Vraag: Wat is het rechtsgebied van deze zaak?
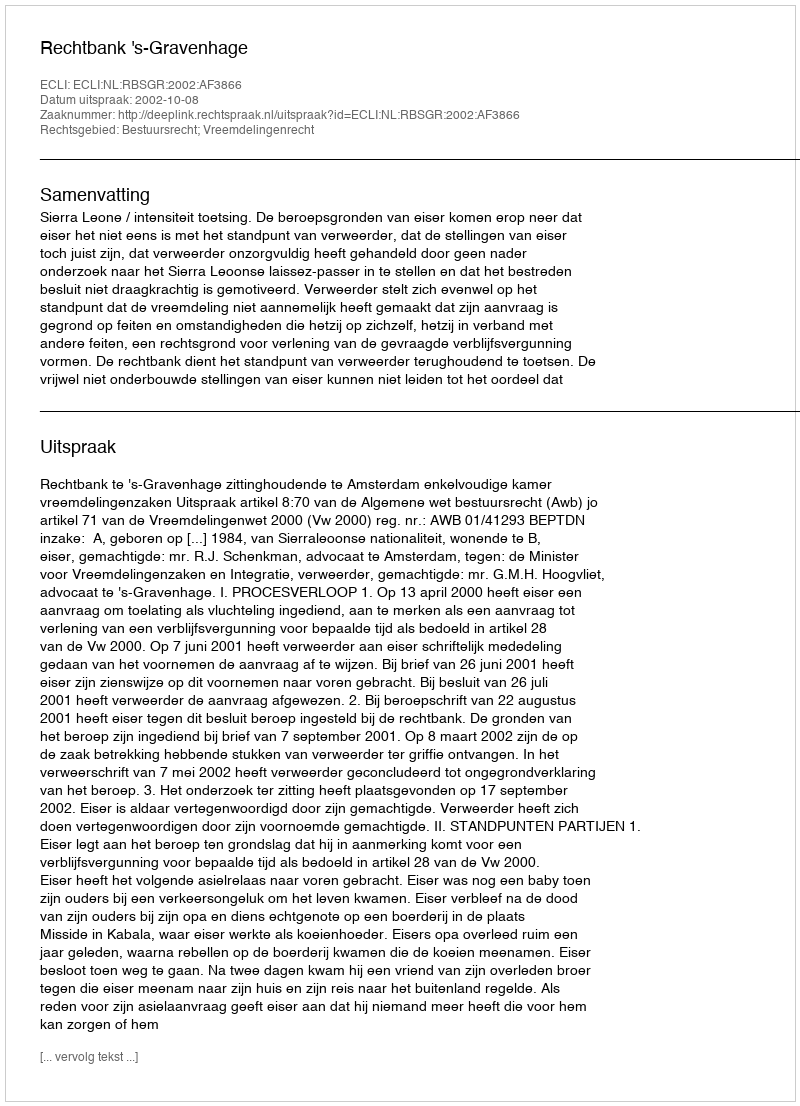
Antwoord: Bestuursrecht; Vreemdelingenrecht